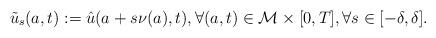
LaTeX: \begin{align*}\tilde{u}_s(a,t) := \hat{u}(a + s \nu(a),t),\forall (a,t) \in \mathcal{M} \times [0,T],\forall s \in [-\delta, \delta].\end{align*}